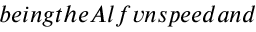
b e i n g t h e A l f v \' e n s p e e d a n d